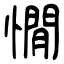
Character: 憪